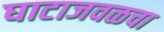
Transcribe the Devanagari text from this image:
घाटाजवळचा